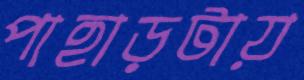
পাহাড়টায়